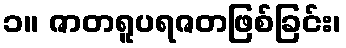
၁။ ဇာတရူပရဇတဖြစ်ခြင်း၊